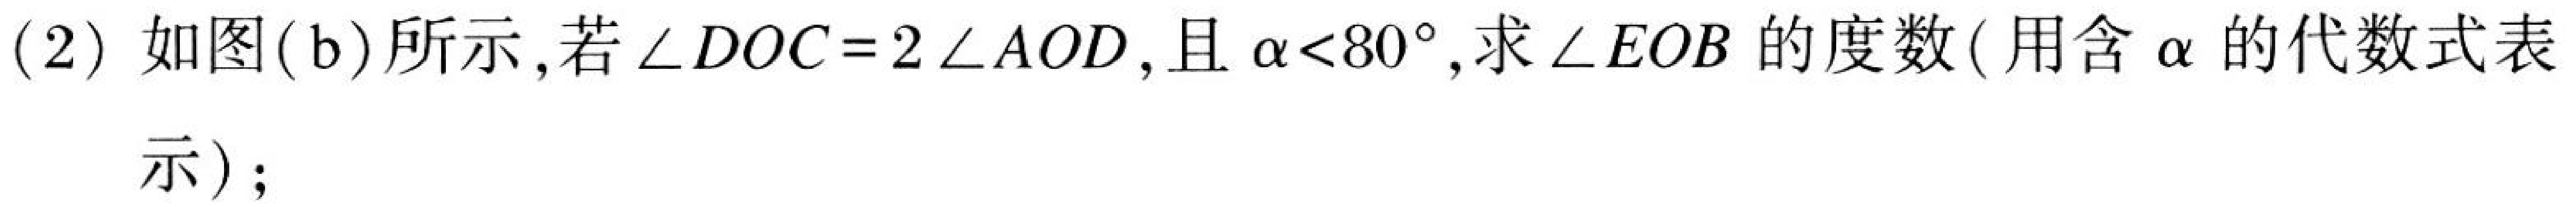
(2)如图(b)所示,若\(\angle DOC = 2\angle AOD\),且\(\alpha<80^{\circ}\),求\(\angle EOB\)的度数(用含\(\alpha\)的代数式表示)；